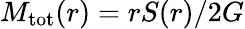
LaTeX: M_{\mathrm{tot}}(r)=rS(r)/2G